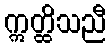
ဣတ္ထိသညီ